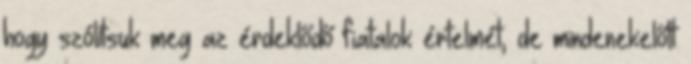
hogy szólítsuk meg az érdeklődő fiatalok értelmét, de mindenekelőtt